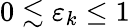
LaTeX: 0\lesssim\varepsilon_{k}\leq 1